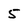
Character: 5